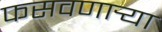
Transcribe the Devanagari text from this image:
फसवणार्‍या